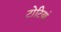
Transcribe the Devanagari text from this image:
टोटियां